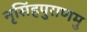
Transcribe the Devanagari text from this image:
नृसिंहपुराणमु